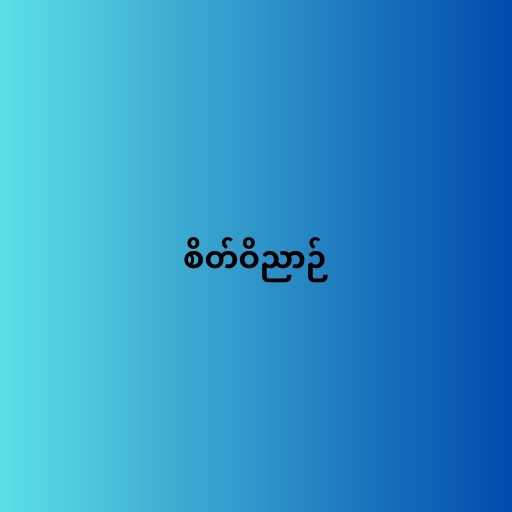
စိတ်ဝိညာဉ်